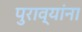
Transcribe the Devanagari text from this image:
पुराव्यांना